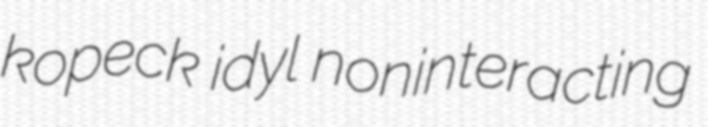
kopeck idyl noninteracting